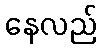
နေလည်